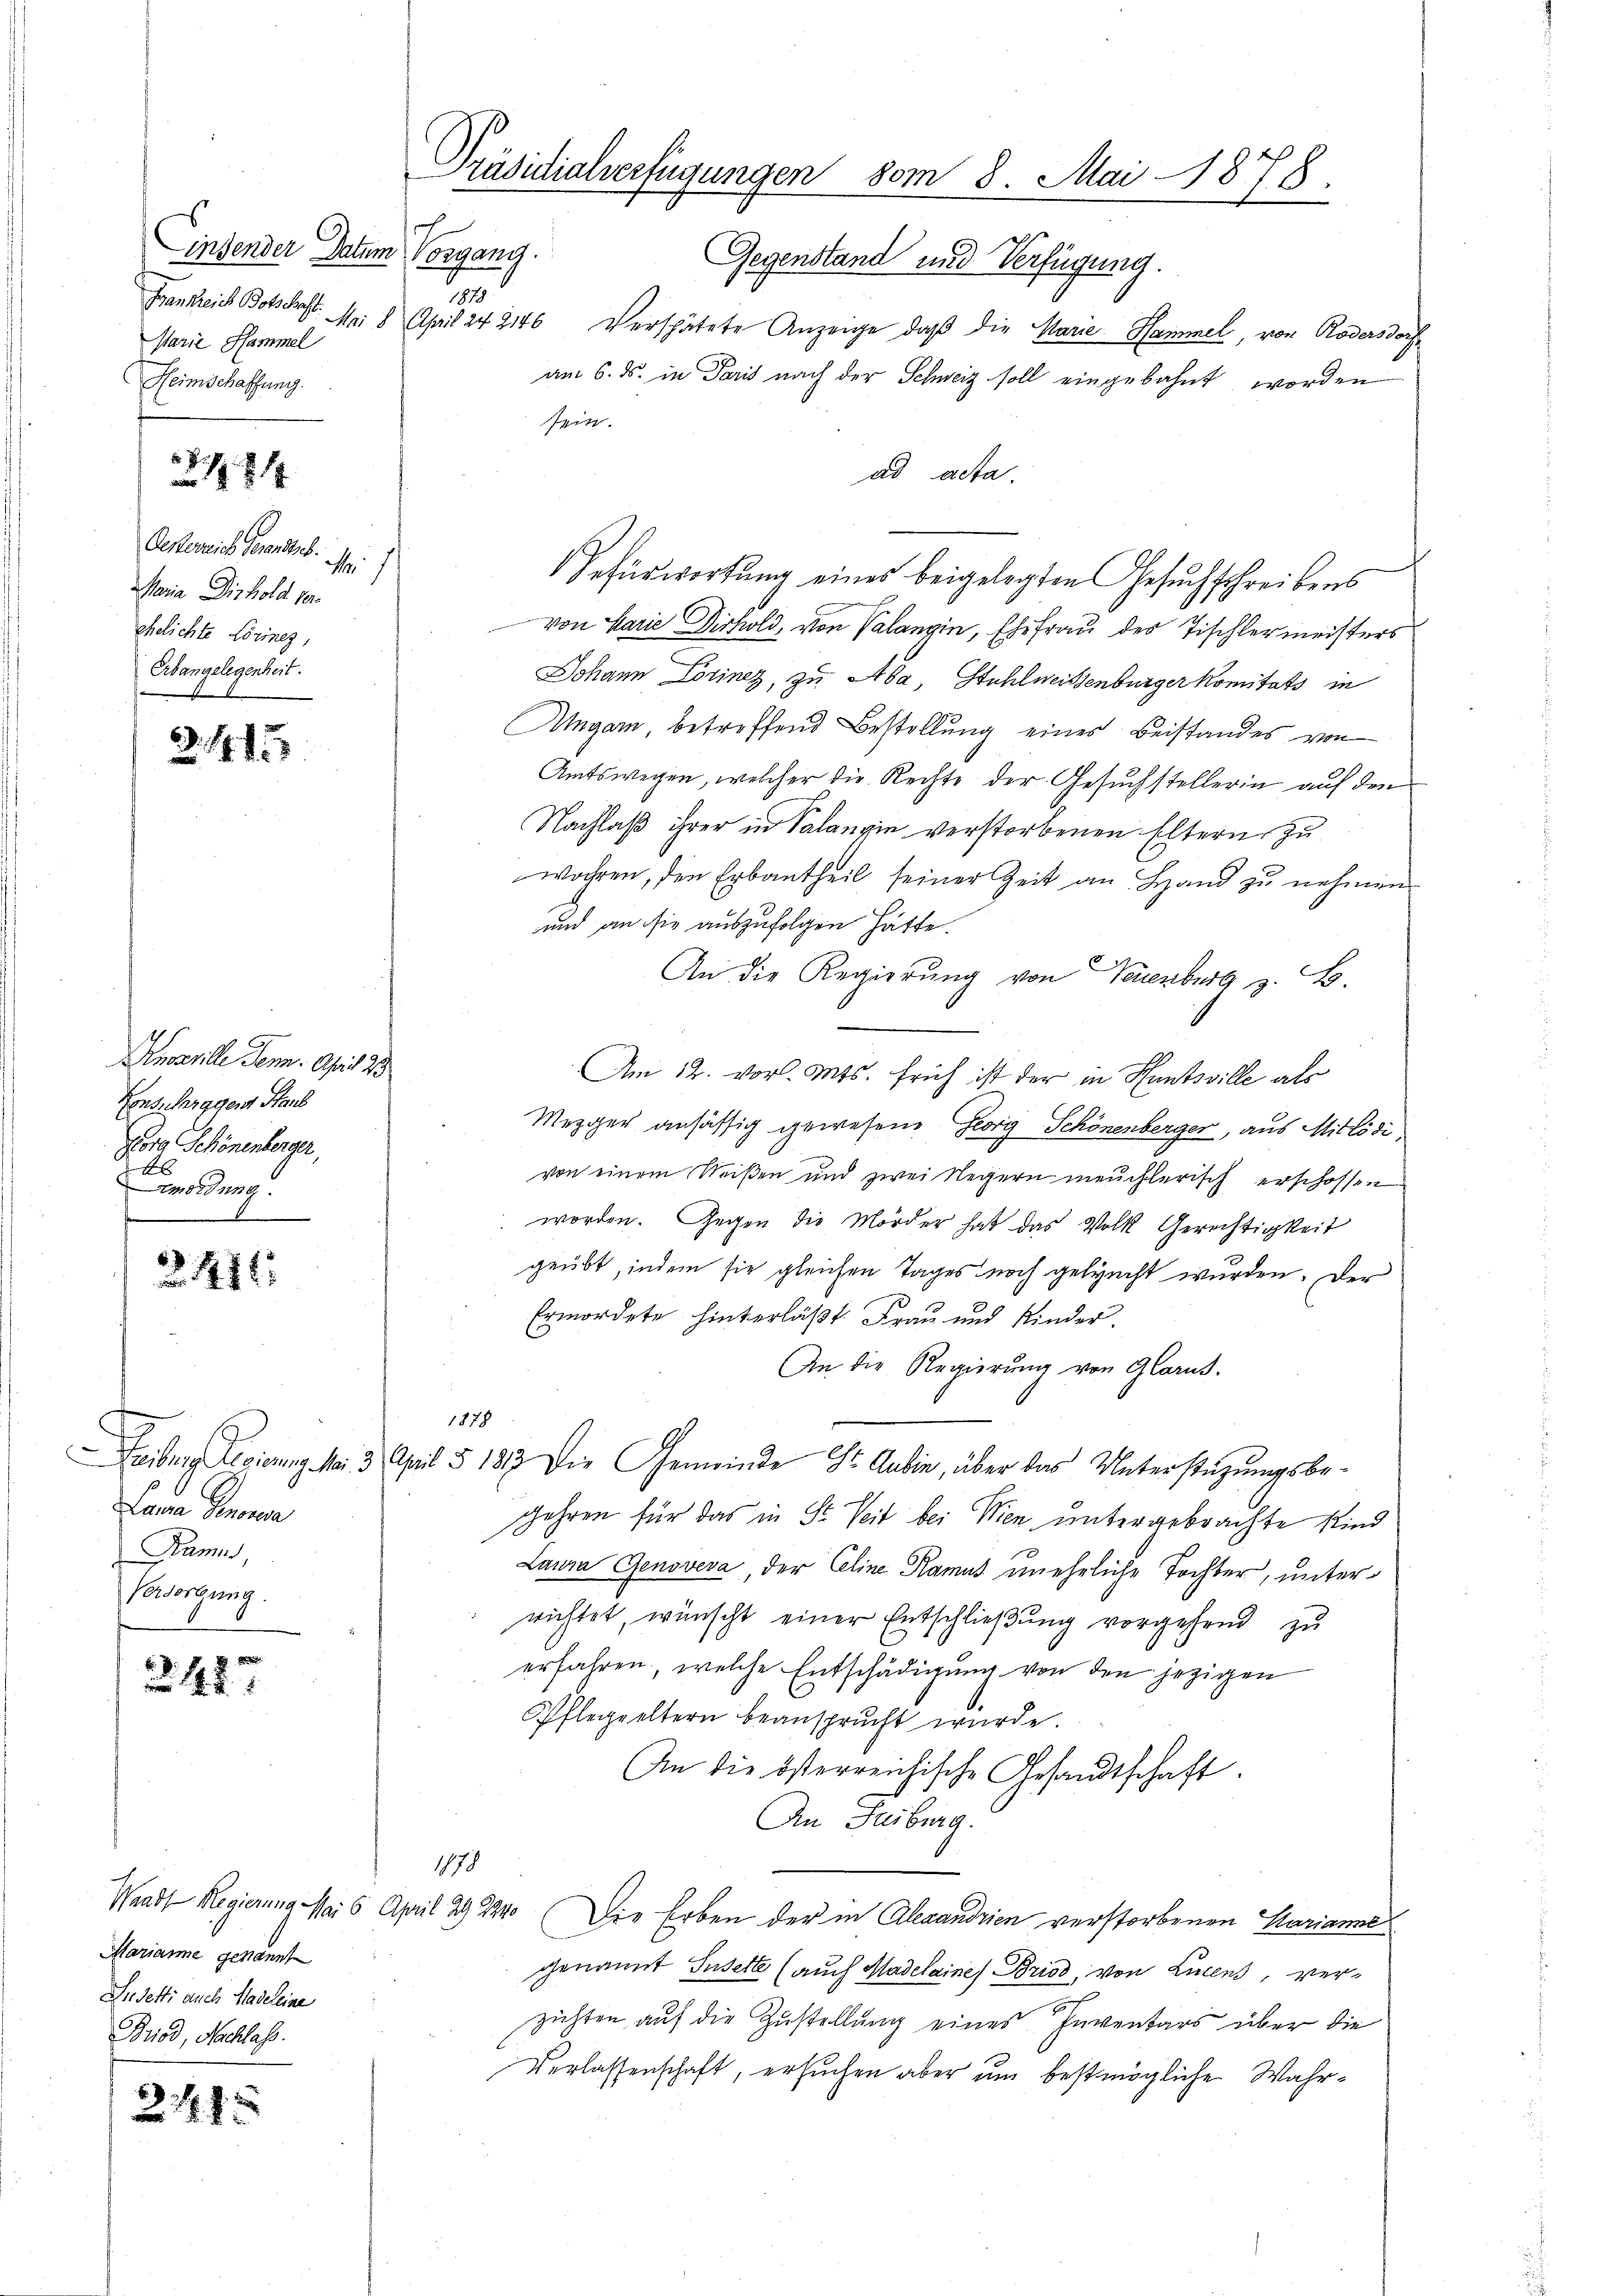
insender Datum Vorgang.
1878
Frankreich Botskraft.
Marie Hammel
Heimschaffung.

Oesterreich Gesandtsb.
M
Maria Dir hold ver
ehelichte Lörinez,
Erbangelegenheit.

184

213

Kusznille Tenn. April 23
Konsularggen Staub
Forg Schönenberger,
4
mordung.

2411.

Lana Genovera
Pam,
Versorgung.

2427

Marianne genannt
Die detti auch Hadeleine
Briod, Nachlass.

2 f 12

Präsidialverfügungen vom 8. Mai 1878.

Gegenstand und Verfügung.
Mi 8 April 242146 verspätete Anzeige, daß die Marie Hammel, von Rödersdoch
am 6. ds. in Paris nach der Schweiz soll eingebahnt worden
sein.
ad acta.
Befürwortung eines beigelegten Gesuchschreibens
von Marie Diskold, von Valangin, Ehefrau des Tischlermeisters
Johann Lorinez, zu Aba, Stuhlweissenburger komitats in
Angarn, betreffend Bestellung eines Beistandes von
Amtswegen, welcher die Rechte der Gesuchstellerin auf den
Nachlaß ihrer in Salangin verstorbenen Eltern zu
wahren, den Erbantheil seiner Zeit an Hand zu nehmen.
und an sie auszufolgen hätte.
An die Regierung von Neuenburg z. B.
Am 12. vor. Mts. früh ist der in Huntsville als
Mezger ansässig gewesene Georg Schönenberger, aus Mitlödi,
von einem Weißen und zwei Negern meuchlerisch erschossen
worden. Gegen die Mörder hat das Volk Gerichtigkeit
geübt, indem sie gleichen Tages noch geleucht wurden. Der
Ermordete hinterläßt. Frau und Kinder,
An die Regierung von Glarus.
1878
Leiberg Regierung M. 3. April § 1813. Die Gemeinde Sr Dubin, über das Unterstüzungsbegehren für das in St. Seit bei Wien untergebrachte Kind
Laura Genoveva, der Celine Ramus uneheliche Tochter, unterrichtet, wünscht einer Entschließung vorgehend zu
erfahren, welche Entschädigung von den jezigen
Pflegeeltern beansprucht wurde.
An die österreichische Gesandtschaft.
An Freiburg.
1878
Waadt Regierung Mai 6 April 29224. Die Erben der in Alexandrien verstorbenen Marianne
genannt Susette (auch Madelaines Briod, von Lucens, ver-
zichten auf die Zustellung eines Inventars über die
Verlassenschaft, ersuchen aber um bestmögliche Wahr¬